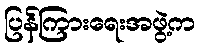
ပြန်ကြားရေးအဖွဲ့က